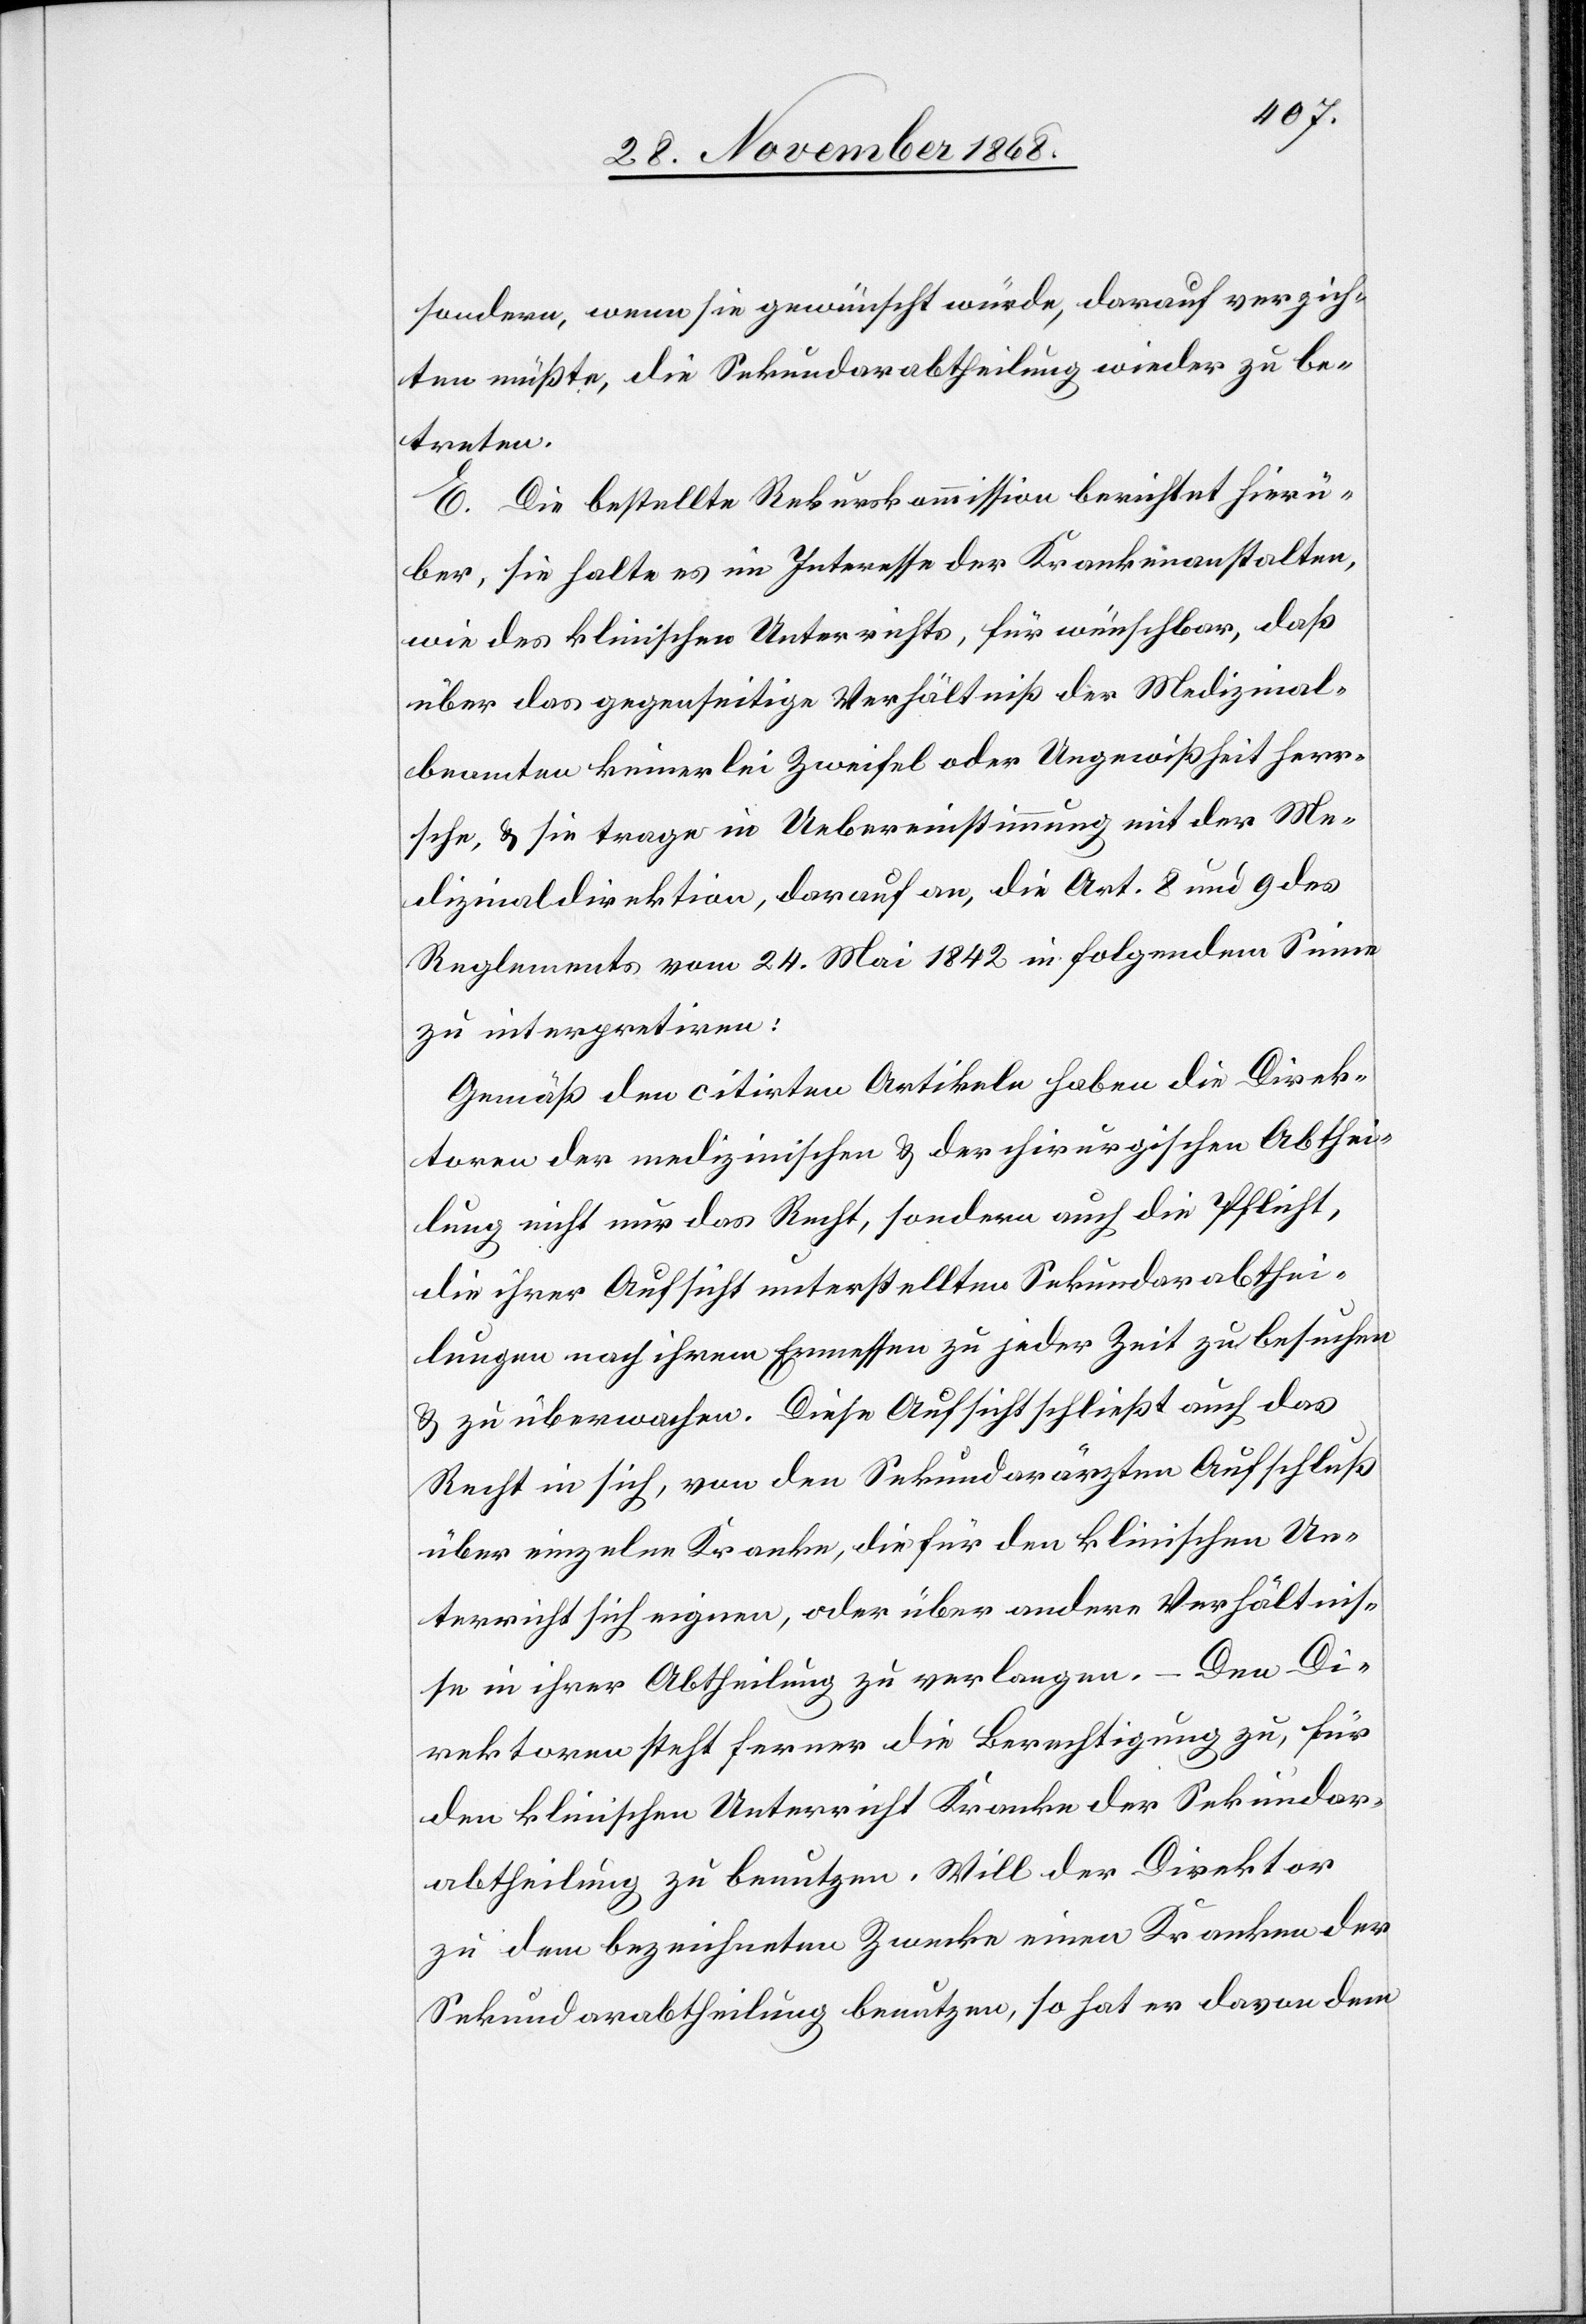
sondern, wenn sie gewünscht würde, darauf verzich¬
ten müßte, die Sekundarabtheilung wieder zu be¬
treten.
E. Die bestellte Rekurskommission berichtet hierü¬
ber, sie halte es im Interesse der Krankenanstalten,
wie des klinischen Unterrichts, für wünschbar, daß
über das gegenseitige Verhältniß der Medizinal¬
beamten keinerlei Zweifel oder Ungewißheit herr¬
sche, & sie trage in Uebereinstimmung mit der Me¬
dizinaldirektion, darauf an, die Art. 8 und 9 des
Reglements vom 24. Mai 1842 in folgendem Sinne
zu interpretiren:
Gemäß den citirten Artikeln haben die Direk¬
toren der medizinischen & der chirurgischen Abthei¬
lung nicht nur das Recht, sondern auch die Pflicht,
die ihrer Aufsicht unterstellten Sekundarabthei¬
lungen nach ihrem Ermessen zu jeder Zeit zu besuchen
& zu überwachen. Diese Aufsicht schließt auch das
Recht in sich, von den Sekundarärzten Aufschluß
über einzelne Kranke, die für den klinischen Un¬
terricht sich eignen, oder über andere Verhältnis¬
se in ihrer Abtheilung zu verlangen. – Den Di¬
rektoren steht ferner die Berechtigung zu, für
den klinischen Unterricht Kranke der Sekundar¬
abtheilung zu benutzen. Will der Direktor
zu dem bezeichneten Zwecke einen Kranken der
Sekundarabtheilung benutzen, so hat er davon dem